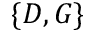
\{ D , G \}